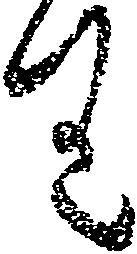
り